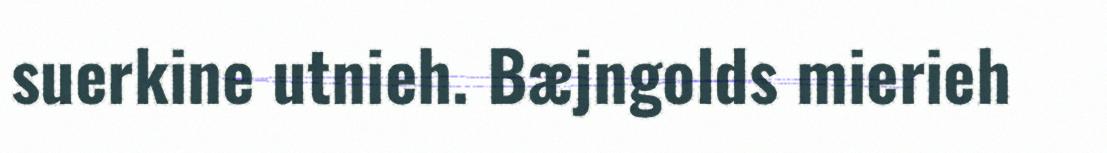
suerkine utnieh. Bæjngolds mierieh